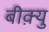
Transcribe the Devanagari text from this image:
बीक़्यु